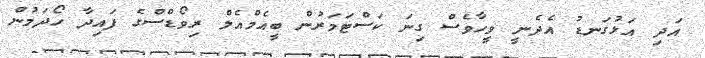
އަދި އަޅުގަނޑު އެދެނީ ވީހާވެސް ގިނަ ކަސްޓަމަރުން ބީއެމްއެލް ރިވޯޑްސްގެ ފައިދާ ހޯދަމުން